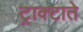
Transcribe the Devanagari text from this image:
ट्राक्टाते